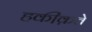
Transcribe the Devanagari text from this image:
हकी़क़ते